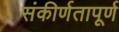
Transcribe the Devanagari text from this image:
संकीर्णतापूर्ण